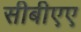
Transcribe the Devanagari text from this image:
सीबीएए